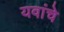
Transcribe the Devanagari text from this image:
यवांचे